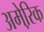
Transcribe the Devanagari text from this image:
अमेरि़क